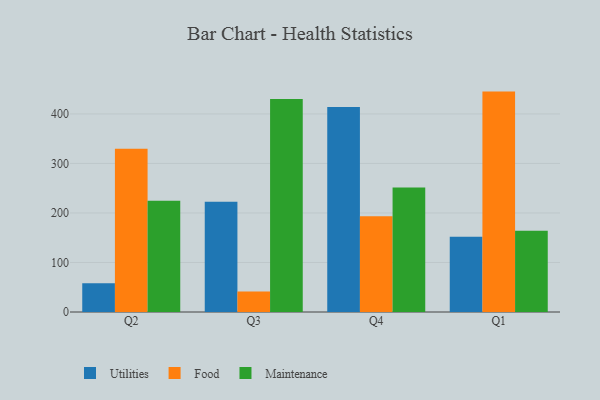
{"axis": {"x": "Quarter", "y": "Page Views"}, "legend": ["Food", "Maintenance", "Utilities"], "data": [{"x": "Q2", "y": 58.0, "type": "Utilities"}, {"x": "Q2", "y": 329.9, "type": "Food"}, {"x": "Q2", "y": 224.8, "type": "Maintenance"}, {"x": "Q3", "y": 222.7, "type": "Utilities"}, {"x": "Q3", "y": 41.6, "type": "Food"}, {"x": "Q3", "y": 430.1, "type": "Maintenance"}, {"x": "Q4", "y": 414.1, "type": "Utilities"}, {"x": "Q4", "y": 193.5, "type": "Food"}, {"x": "Q4", "y": 251.3, "type": "Maintenance"}, {"x": "Q1", "y": 151.8, "type": "Utilities"}, {"x": "Q1", "y": 445.1, "type": "Food"}, {"x": "Q1", "y": 164.3, "type": "Maintenance"}]}